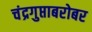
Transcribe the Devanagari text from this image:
चंद्रगुप्ताबरोबर